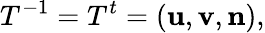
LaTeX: T^{-1}=T^{t}=({\mathbf u},{\mathbf v},{\mathbf n}),